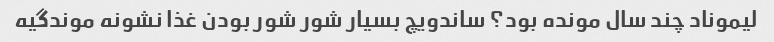
لیموناد چند سال مونده بود؟ ساندویچ بسیار شور شور بودن غذا نشونه موندگیه